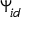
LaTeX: \Psi _ { i d }